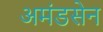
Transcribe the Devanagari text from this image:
अमंडसेन